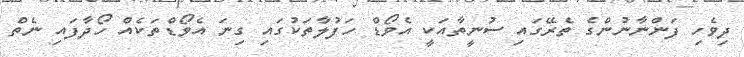
ދިވެހި ފަންނާނުންގެ ތެރޭގައި ސުނީތާއަކީ އެވޯޑް ހަފުލާތަކުގައި ގިނަ އެވޯޑްތަކެއް ހޯދާފައި ނެތް